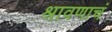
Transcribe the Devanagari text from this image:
श्रावणाचं